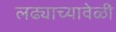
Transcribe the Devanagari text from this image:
लढ्याच्यावेळी